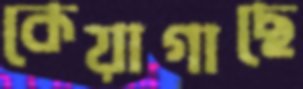
কেয়াগাছে